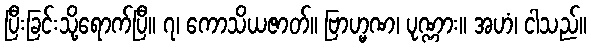
ပြီးခြင်းသို့ရောက်ပြီ။ ၇၊ ကောသိယဇာတ်။ ဗြာဟ္မဏ၊ ပုဏ္ဏား။ အဟံ၊ ငါသည်။